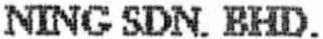
NING SDN. BHD.